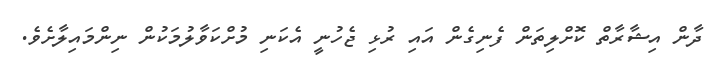
ދާން އިޝާރާތް ކޮށްލިތަން ފެނިގެން އައި ރުޅި ޖެހުނީ އެކަނި މުށްކަވާލުމަކުން ނިންމައިލާށެވެ.